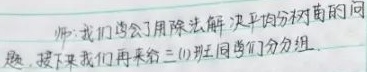
师：我们学会了用除法解决平均分树苗的问
题，接下来我们再来分(1)班，同学们分组.